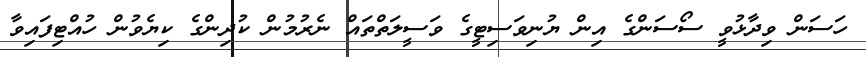
ހަސަން ވިދާޅުވީ ސޯސަންގެ އިން ޔުނިވަސިޓީގެ ވަސީލަތްތައް ނެރުމުން ކުދިންގެ ކިޔެވުން ހުއްޓިފައިވާ